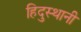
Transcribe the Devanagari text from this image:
हिदुस्थानी